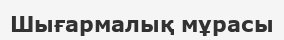
Шығармалық мұрасы